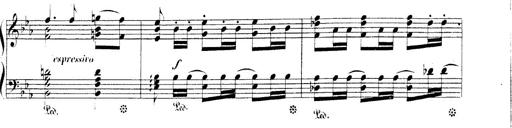
Title: 3 Chansons
Composer: Franz Liszt